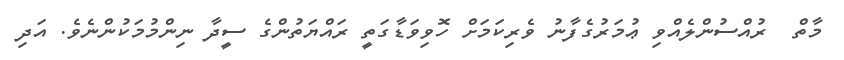
މާތް  ރުއްސުންލެއްވި ޢުމަރުގެފާނު ވެރިކަމަށް ހޮވިވަޑާގަތީ ރައްޔަތުންގެ ސީދާ ނިންމުމަކުންނެވެ. އަދި